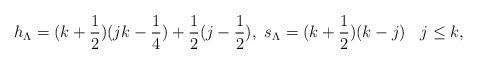
LaTeX: \begin{align*}h_{\Lambda}=(k+ \frac{1}{2})( jk- \frac{1}{4} )+ \frac{1}{2}(j- \frac{1}{2}), \,\,s_{\Lambda}=(k+ \frac{1}{2})(k-j)\;\,\,\;j \leq k,\end{align*}